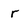
Character: r